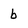
Character: b